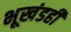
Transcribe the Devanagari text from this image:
भूखंडही